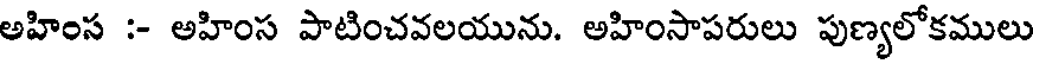
అహింస :- అహింస పాటించవలయును. అహింసాపరులు పుణ్యలోకములు